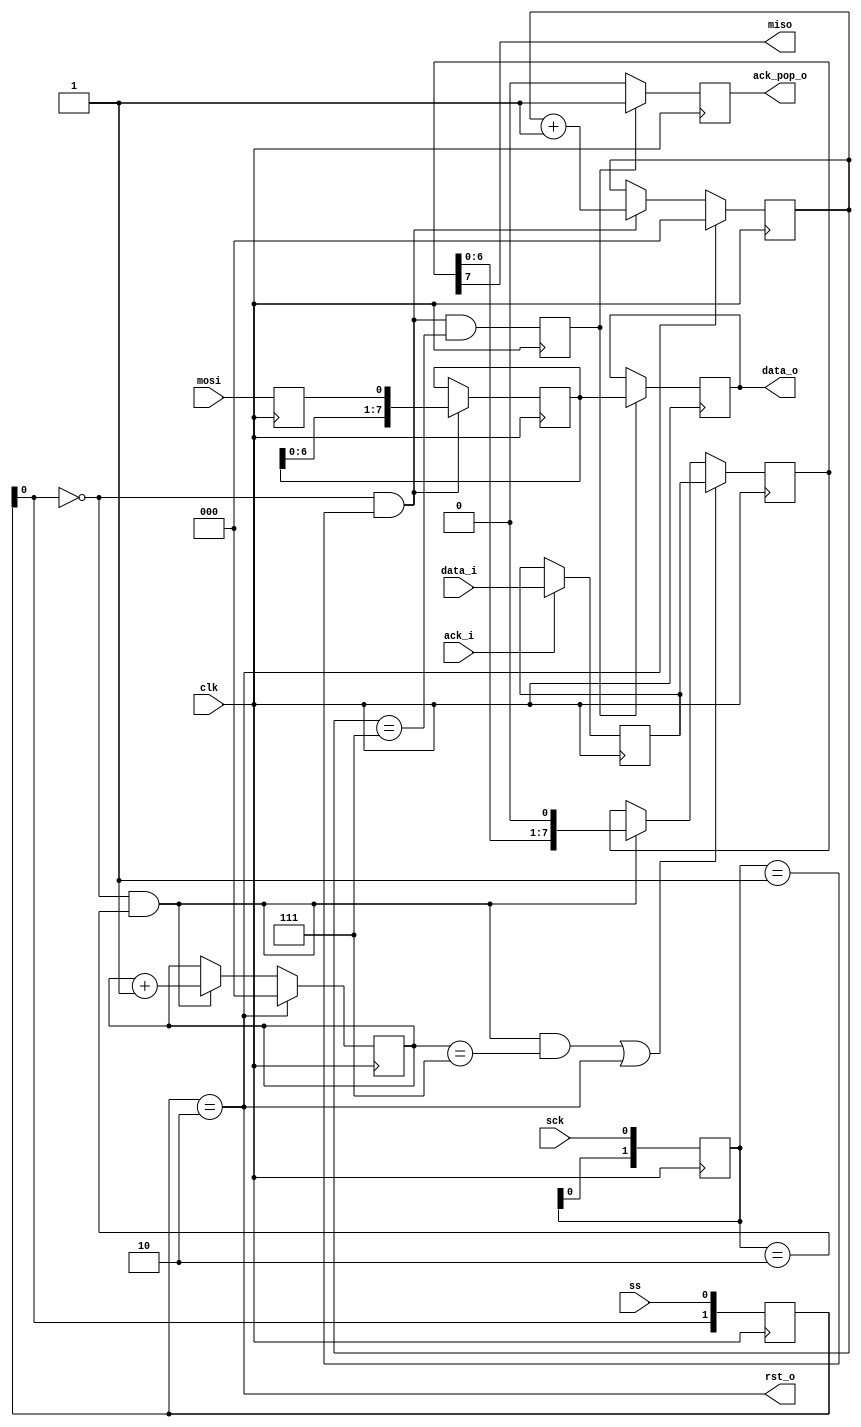
module spi_trx (
    input wire clk,

    input wire sck,
    output wire miso,
    input wire mosi,
    input wire ss,

    output wire rst_o,

    output wire [7:0] data_o,
    output wire ack_pop_o,

    input wire [7:0] data_i,
    input wire ack_i);

// detect sck posedge
reg [1:0] sck_hist_ff;
always @(posedge clk) begin
    sck_hist_ff <= {sck_hist_ff[0], sck};
end

// detect ss negedge
reg [1:0] ss_hist_ff;
always @(posedge clk) begin
    ss_hist_ff <= {ss_hist_ff[0], ss};
end
wire ss_negedge = ss_hist_ff[1:0] == 2'b10;
wire ss_enabled = ~ss_hist_ff[0];
wire sck_posedge = ss_enabled && sck_hist_ff[1:0] == 2'b01;
wire sck_negedge = ss_enabled && sck_hist_ff[1:0] == 2'b10;

assign rst_o = ss_negedge;

// mosi -> shiftreg_i
reg mosi_hist_ff;
always @(posedge clk) begin
    mosi_hist_ff <= mosi;
end

reg [7:0] shiftreg_i;
always @(posedge clk) begin
    if (sck_posedge)
        shiftreg_i <= {shiftreg_i[6:0], mosi_hist_ff};
end

// count 8 posedge -> posedge8
reg [2:0] posedge_counter;
always @(posedge clk) begin
    if(ss_negedge)
        posedge_counter <= 0;
    else if(sck_posedge)
        posedge_counter <= posedge_counter + 1;
end
wire posedge8 = sck_posedge & (posedge_counter == 3'd7);
reg posedge8_delayed;
always @(posedge clk)
    posedge8_delayed <= posedge8;

// rx data -> {data_o, ack_pop_o}
reg ack_o_ff;
reg [7:0] data_o_ff;
always @(posedge clk) begin
    ack_o_ff <= 0;

    if (posedge8_delayed) begin
        ack_o_ff <= 1;
        data_o_ff <= shiftreg_i;
    end
end
assign ack_pop_o = ack_o_ff;
assign data_o = data_o_ff;

// count 8 negedge -> negedge8
reg [2:0] negedge_counter;
always @(posedge clk) begin
    if (ss_negedge)
        negedge_counter <= 0;
    else if(sck_negedge)
        negedge_counter <= negedge_counter + 1;
end
wire negedge8 = sck_negedge & (negedge_counter == 3'd7);

// {data_i, ack_i} -> tx data
reg [7:0] data_o_latchff;
always @(posedge clk)
    if(ack_i)
        data_o_latchff <= data_i;

reg [7:0] shiftreg_o;
always @(posedge clk) begin
    if(negedge8 || ss_negedge) begin
        shiftreg_o <= data_o_latchff;
    end else if(sck_negedge) begin
        shiftreg_o <= {shiftreg_o[6:0], 1'b0};
    end
end
assign miso = shiftreg_o[7];

endmodule